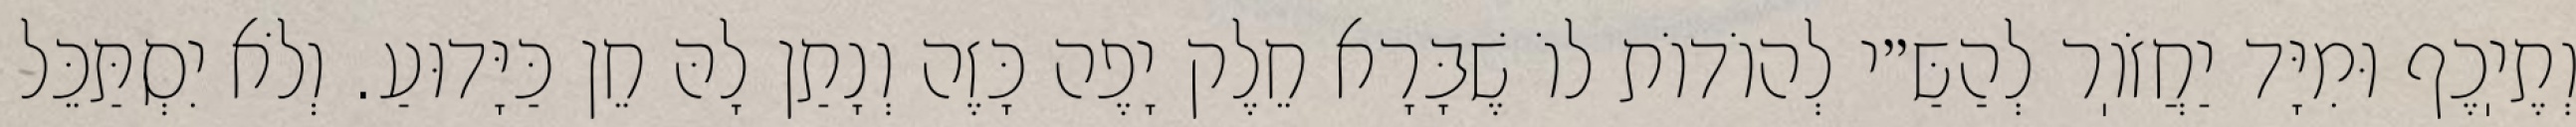
וְתֶיֽכֶף וּמִיָּד יַחֲזֹוֽר לְהַשַּ״י לְהוֹדוֹת לוֹ שֶׁבָּרָא חֵלֶק יָפֶה כָּזֶה וְנָתַן לָהּ חֵן כַּיָּדוּעַ. וְלֹא יִסְתַּכֵּל